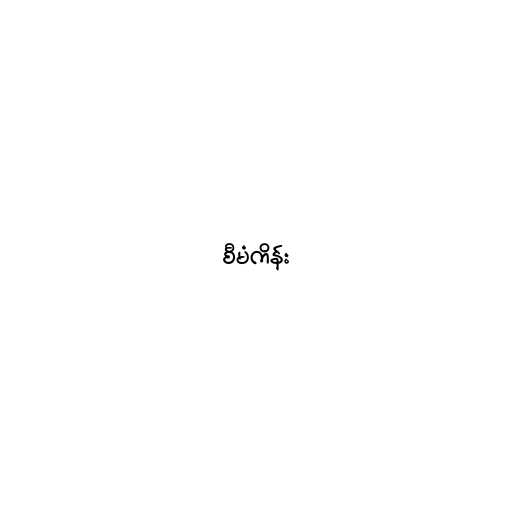
စီမံကိန်း